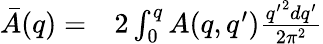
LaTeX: \begin{array}{rl}{\bar{A}(q)=}&{{}2\int_{0}^{q}A(q,q^{\prime})\frac{{q^{\prime}}^{2}dq^{\prime}}{2\pi^{2}}}\end{array}